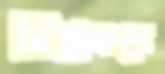
নিম্নাঞ্চলে